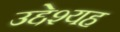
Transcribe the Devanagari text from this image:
उद्देश्यह